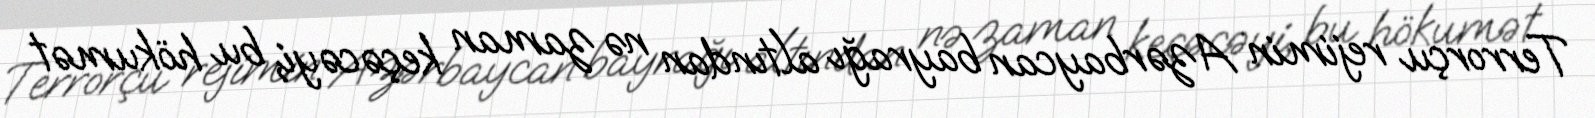
Terrorçu rejimin Azərbaycan bayrağı altından nə zaman keçəcəyi, bu hökumət